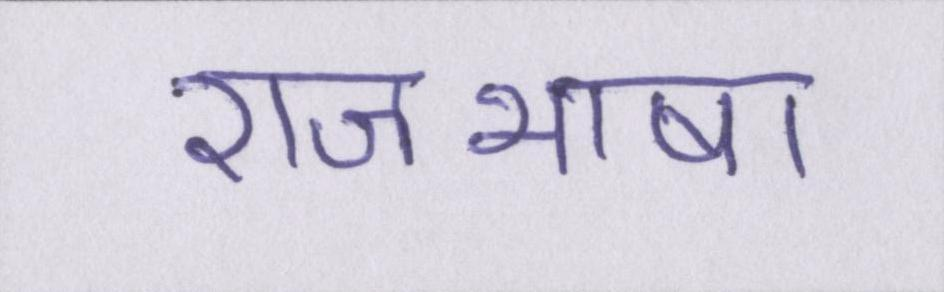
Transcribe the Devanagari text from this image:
राजभाषा